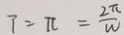
7 = \pi = \frac { 2 \pi } { w }